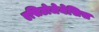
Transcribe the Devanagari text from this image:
एसिटोजेनेसिस